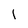
Character: l